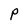
Character: P